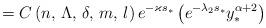
LaTeX: \begin{align*}=C\left(n,\,\Lambda,\,\delta,\,m,\,l\right)e^{-\varkappa s_{*}}\left(e^{-\lambda_{2}s_{*}}y_{*}^{\alpha+2}\right)\end{align*}